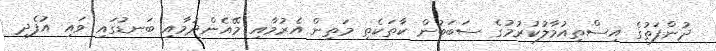
ދުންފަތުގެ އިސްތިއުމާލުކުރުމުގެ ސަބަބުން ކާތަކެތި މަތިން އެރުމާއި މޭއެންދުމާއި ބަނޑުގައި ވައި އުފެދި